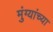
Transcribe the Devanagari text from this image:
मुंग्यांच्या